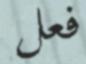
فعل